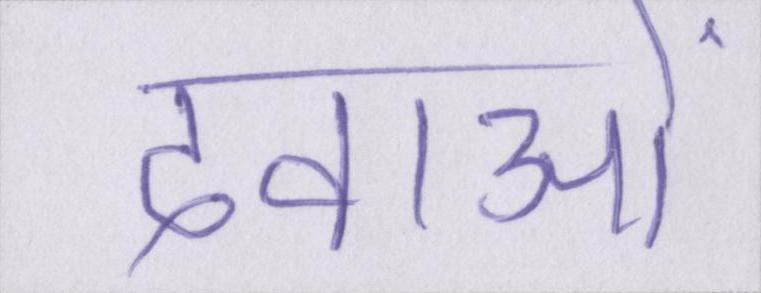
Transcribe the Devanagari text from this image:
दवाओं